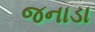
જનાડા